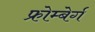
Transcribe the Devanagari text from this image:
फ्रोम्बेर्ग